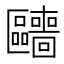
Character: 𱑍